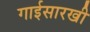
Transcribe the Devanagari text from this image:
गाईसारखी